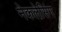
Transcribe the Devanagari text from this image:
नेकलेसिंग